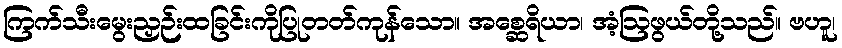
ကြက်သီးမွေးညှဉ်းထခြင်းကိုပြုတတ်ကုန်သော။ အစ္ဆေရိယာ၊ အံ့ဩဖွယ်တို့သည်။ ဗဟူ၊